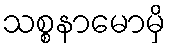
သစ္စနာမောမှိ